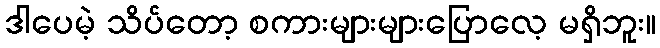
ဒါပေမဲ့ သိပ်တော့ စကားများများပြောလေ့ မရှိဘူး။